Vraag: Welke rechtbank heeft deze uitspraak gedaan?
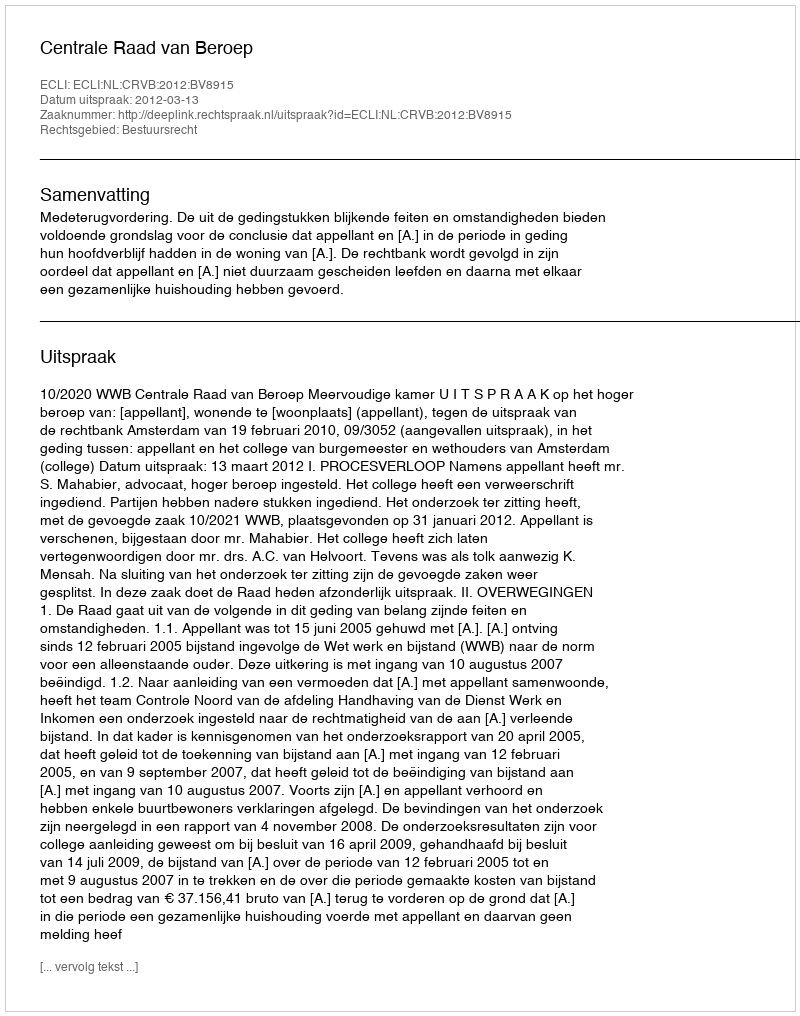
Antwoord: Centrale Raad van Beroep